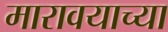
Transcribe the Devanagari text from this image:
मारावयाच्या